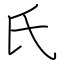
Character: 氏